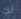
لك